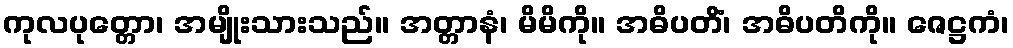
ကုလပုတ္တော၊ အမျိုးသားသည်။ အတ္တာနံ၊ မိမိကို။ အဓိပတိံ၊ အဓိပတိကို။ ဇေဋ္ဌကံ၊